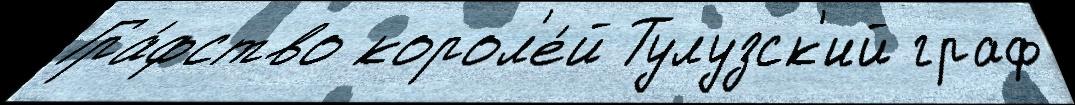
Гра́фство корол'е́й Тулузск'ий граф